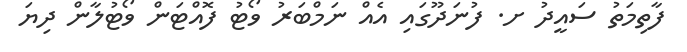
ފާތިމަތު ސައީދު ށ. ފުނަދޫގައި އެއް ނަމްބަރު ވޯޓު ފޮއްޓަން ވޯޓުލާން ދިޔަ